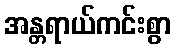
အန္တရာယ်ကင်းစွာ